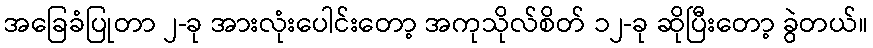
အခြေခံပြုတာ ၂-ခု အားလုံးပေါင်းတော့ အကုသိုလ်စိတ် ၁၂-ခု ဆိုပြီးတော့ ခွဲတယ်။